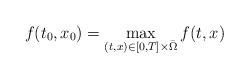
LaTeX: \begin{align*}f(t_0, x_0)=\displaystyle\max_{(t, x)\in[0,T]\times{\bar\Omega}}f(t, x)\end{align*}